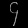
Digit: ၄